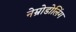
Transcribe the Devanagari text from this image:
नेम्रोडोलिंग